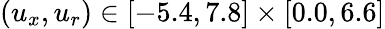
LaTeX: (u_{x},u_{r})\in[-5.4,7.8]\times[0.0,6.6]